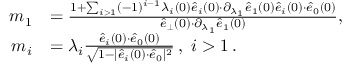
\begin{array} { r l } { \! \! \! \! m _ { 1 } } & { = \frac { 1 + \sum _ { i > 1 } ( - 1 ) ^ { i - 1 } \lambda _ { i } ( 0 ) \hat { e } _ { i } ( 0 ) { \cdot } \partial _ { \lambda _ { 1 } } \hat { e } _ { 1 } ( 0 ) \hat { e } _ { i } ( 0 ) { \cdot } \hat { e } _ { 0 } ( 0 ) } { \hat { e } _ { \perp } ( 0 ) { \cdot } \partial _ { \lambda _ { 1 } } \hat { e } _ { 1 } ( 0 ) } , } \\ { \! \! \! \! m _ { i } } & { = \lambda _ { i } \frac { \hat { e } _ { i } ( 0 ) { \cdot } \hat { e } _ { 0 } ( 0 ) } { \sqrt { 1 - | \hat { e } _ { i } ( 0 ) { \cdot } \hat { e } _ { 0 } | ^ { 2 } } } \, , ~ i > 1 \, . } \end{array}